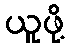
ယူဖို့